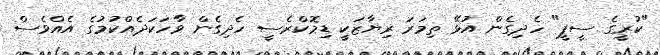
"ކުރީގެ ސީޕީ" ހެދިގެން އުޅޭ ތިމަރަ ރިޔާޒަކީ ޑިމޮކްރެސީ ހެދިގެން ވާހަކަދެއްކުމުގެ އެއްވެސް